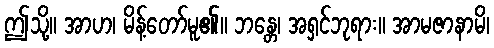
ဤသို့။ အာဟ၊ မိန့်တော်မူ၏။ ဘန္တေ၊ အရှင်ဘုရား။ အာမဇာနာမိ၊